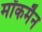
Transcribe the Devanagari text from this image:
मॉकमैन